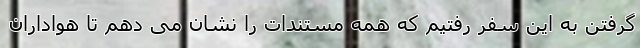
گرفتن به این سفر رفتیم که همه مستندات را نشان می دهم تا هواداران